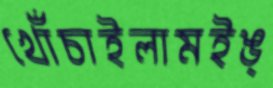
খোঁচাইলামইঙ্